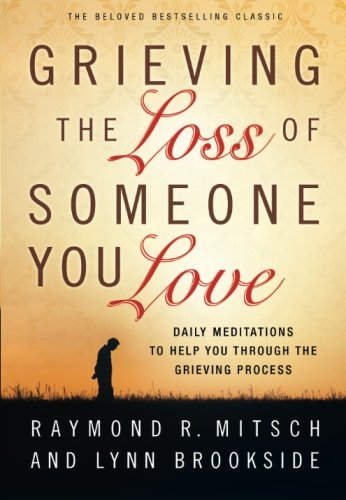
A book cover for Grieving the Loss of Someone You Love: Daily Meditations to Help You Through the Grieving Process; Raymond R Mitsch; Self-Help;